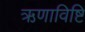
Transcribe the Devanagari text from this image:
ऋणाविष्टि